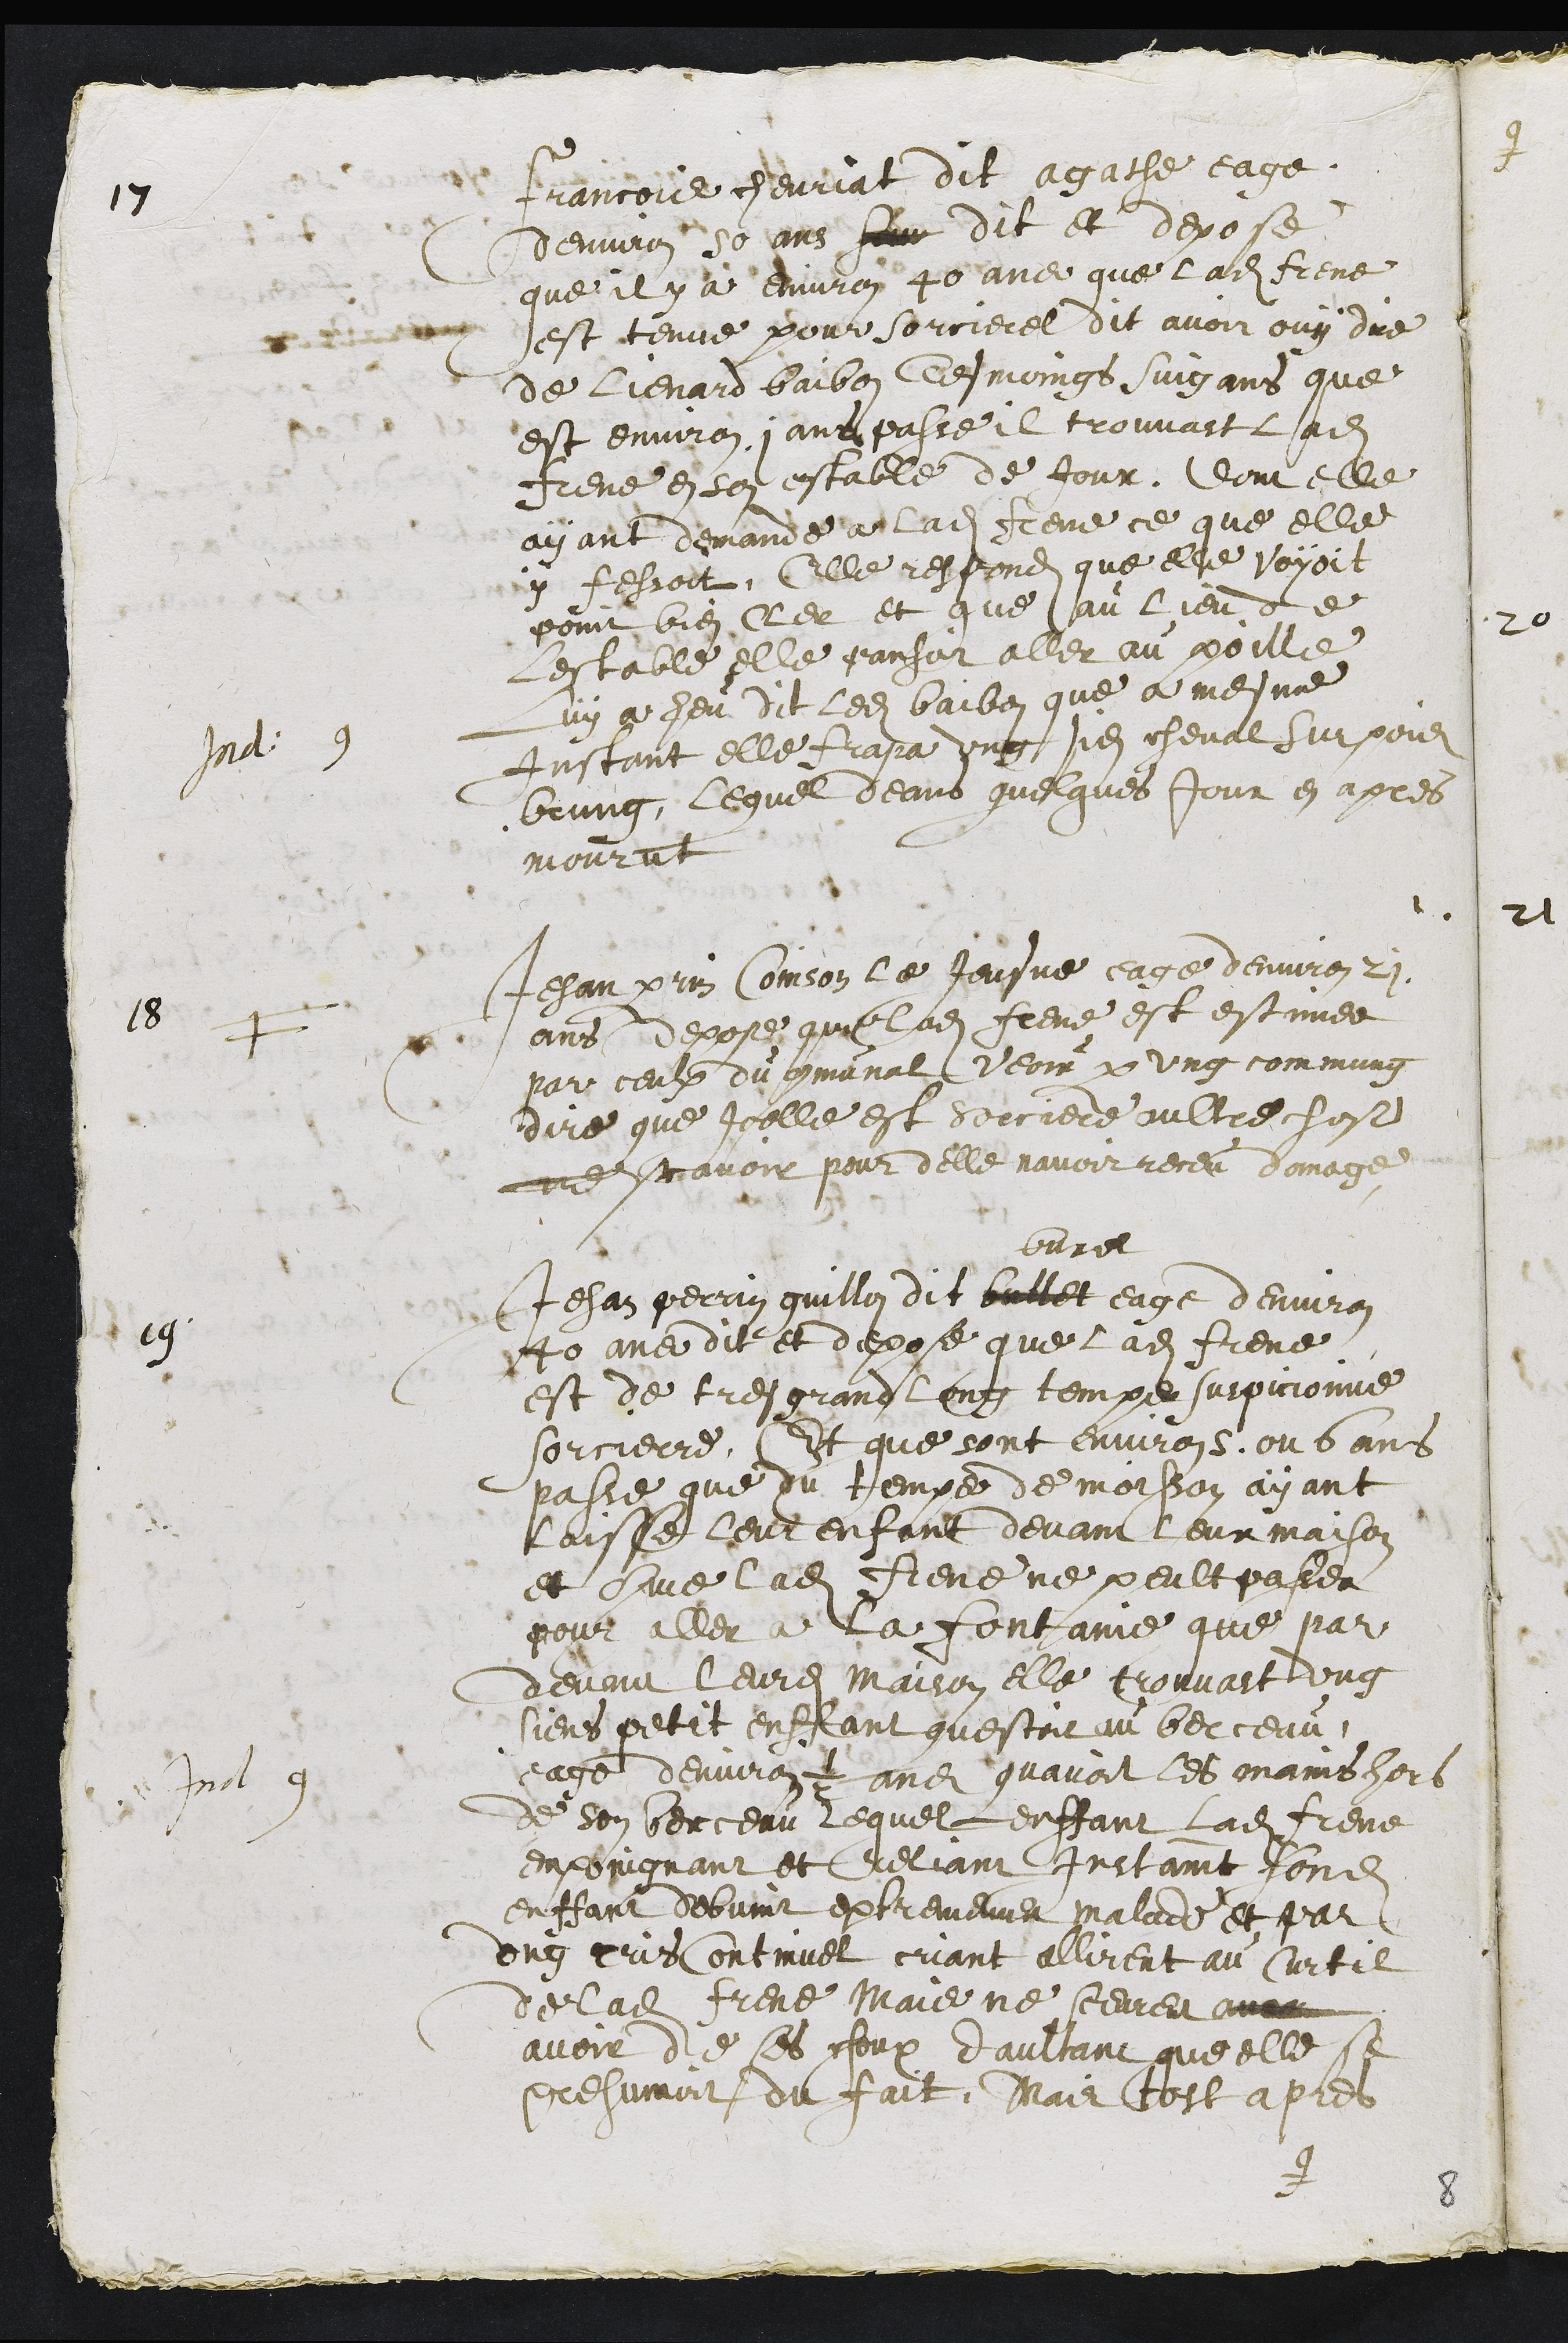
17
Francois chevriat dit agathe eage
denviron 50 ans sur dit et depose
que il y a environ 40 ans que ladite Frene
est tenue pour sorciere dit avoir ouy dire
de Lienard baibon tesmoings suigans que
est environ 1 ans passe, il trouvast ladite
Frene en son estable de jour, dont elle
ayant demande a ladite Frene ce que elle
y fessoit, Elle respondit que elle voyoit
point bien Cler et que au lieu de
lestable elle pansoit aller au poille
Luy a heu dit ledit baibon que a mesme
Instant elle frapa ung sien cheval sur pois
Ind: 9
brung, lequel deans quelques jour en apres
mourut
18
F
Jehan perrin Coinson le Jeusne eage denviron 21
ans depose que ladite frere est estimee
par ceulx du communal, veoir par ung commung
dire que icelle est sorciere aultre chose
ne scavoir pour delle navoir receu domage
19
Jehan Perrin guillon dit bullet
buret
eage denviron
40 ans dit et depose que ladite Frene
est de tres grand long temps suspicionne
sorcierre, Et que sont environ 5 ou 6 ans
passe que du temps de moisson ayant
laisse leur enfant devant leur maison
et comme ladite Frene ne peult passer
pour aller a la fontaine que par
devant leurdites maison elle trouvast ung
siens petit enffant questoit au berceau,
eage denviron 1/2 ans quavoit les mains hors
Ind 9
de son berceau, lequel enffant ladite Frene
enpoingnant et reliant instament sondit
enffant debvint extremement malade et par
ung cris continuel criant allirent au Curtil
de ladite Frene Mais ne sceurent avec
avoir de ses choux daultant que elle se
presumoit du fait, Mais tost apres
que
8